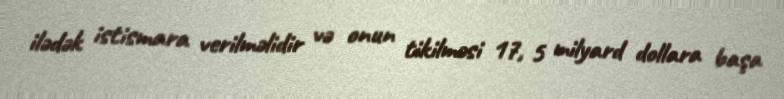
ilədək istismara verilməlidir və onun tikilməsi 17, 5 milyard dollara başa